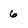
Character: 6